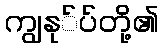
ကျွနု်ပ်တို့၏